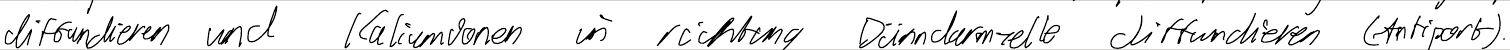
diffundieren und Kaliumionen in richtung Dünndarmzelle diffundieren (Antiport).